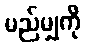
မည်မျှကို